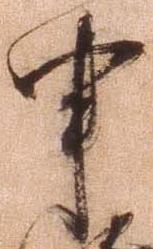
申